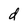
Character: d